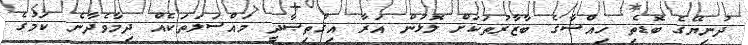
ދުނިޔޭގެ ބޮޑެތި ހިއްސާގެ ބާޒާރުތަކަށް ލޮޅުން އަރާ އިޤުތިޞާދީ މައްސަލަތަކެއް ދިމާވެދާނެ ކަމުގެ